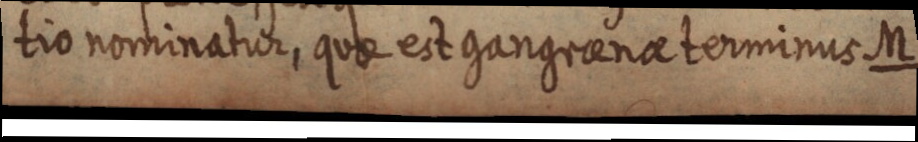
tio nominatur, quae est gangrenae terminus M.